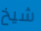
شيخ